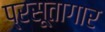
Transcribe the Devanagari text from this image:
प्रसूतागार